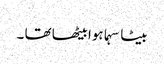
بیٹا سہما ہوا بیٹھا تھا ۔